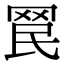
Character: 𦊞